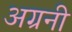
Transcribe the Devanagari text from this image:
अग्रनी